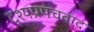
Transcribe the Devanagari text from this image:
दृश्यप्रपंचवाद